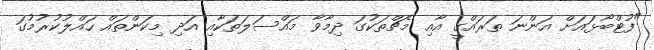
"ފުޓްބޯޅައަށް އަންނަ ތަރައްގީ އާއި މެޗްތަކުގަ ދިމާވާ މައްސަލަތަކާއި އަދި މިކަންތައް ހައްލުކުރުމުގަ